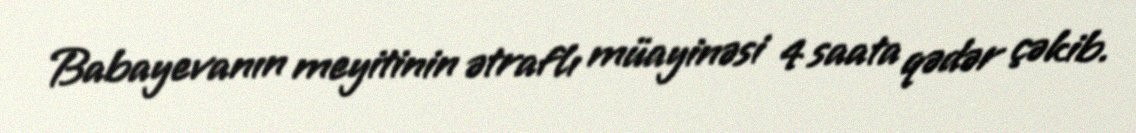
Babayevanın meyitinin ətraflı müayinəsi 4 saata qədər çəkib.